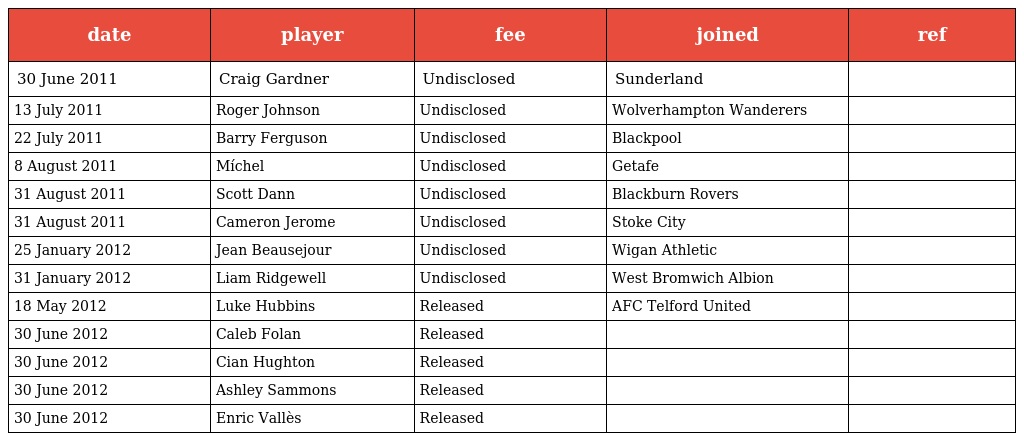
| date | player | fee | joined | ref |
 | --- | --- | --- | --- | --- |
 | 30 June 2011 | Craig Gardner | Undisclosed | Sunderland |  |
 | 13 July 2011 | Roger Johnson | Undisclosed | Wolverhampton Wanderers |  |
 | 22 July 2011 | Barry Ferguson | Undisclosed | Blackpool |  |
 | 8 August 2011 | Míchel | Undisclosed | Getafe |  |
 | 31 August 2011 | Scott Dann | Undisclosed | Blackburn Rovers |  |
 | 31 August 2011 | Cameron Jerome | Undisclosed | Stoke City |  |
 | 25 January 2012 | Jean Beausejour | Undisclosed | Wigan Athletic |  |
 | 31 January 2012 | Liam Ridgewell | Undisclosed | West Bromwich Albion |  |
 | 18 May 2012 | Luke Hubbins | Released | AFC Telford United |  |
 | 30 June 2012 | Caleb Folan | Released |  |  |
 | 30 June 2012 | Cian Hughton | Released |  |  |
 | 30 June 2012 | Ashley Sammons | Released |  |  |
 | 30 June 2012 | Enric Vallès | Released |  |  |